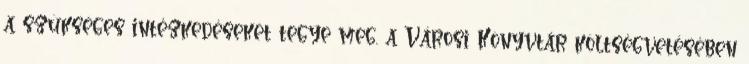
a szükséges intézkedéseket tegye meg. a Városi Könyvtár költségvetésében